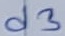
Text: d3